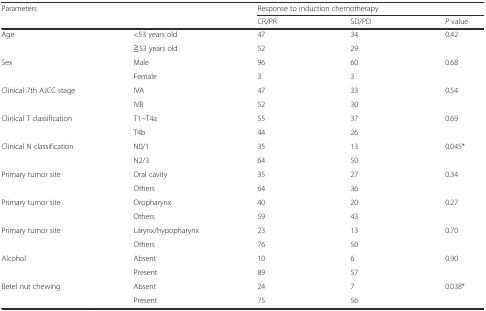
| Parameters |  | <COLSPAN=3> Response to induction chemotherapy |
 |  |  | CR/PR | SD/PD | P value |
 | --- | --- | --- | --- | --- |
 | Age | <53 years old | 47 | 34 | 0.42 |
 |  | ≧53 years old | 52 | 29 |  |
 | Sex | Male | 96 | 60 | 0.68 |
 |  | Female | 3 | 3 |  |
 | Clinical 7th AJCC stage | IVA | 47 | 33 | 0.54 |
 |  | IVB | 52 | 30 |  |
 | Clinical T classification | T1~T4a | 55 | 37 | 0.69 |
 |  | T4b | 44 | 26 |  |
 | Clinical N classification | N0/1 | 35 | 13 | 0.045* |
 |  | N2/3 | 64 | 50 |  |
 | Primary tumor site | Oral cavity | 35 | 27 | 0.34 |
 |  | Others | 64 | 36 |  |
 | Primary tumor site | Oropharynx | 40 | 20 | 0.27 |
 |  | Others | 59 | 43 |  |
 | Primary tumor site | Larynx/hypopharynx | 23 | 13 | 0.70 |
 |  | Others | 76 | 50 |  |
 | Alcohol | Absent | 10 | 6 | 0.90 |
 |  | Present | 89 | 57 |  |
 | Betel nut chewing | Absent | 24 | 7 | 0.038* |
 |  | Present | 75 | 56 |  |